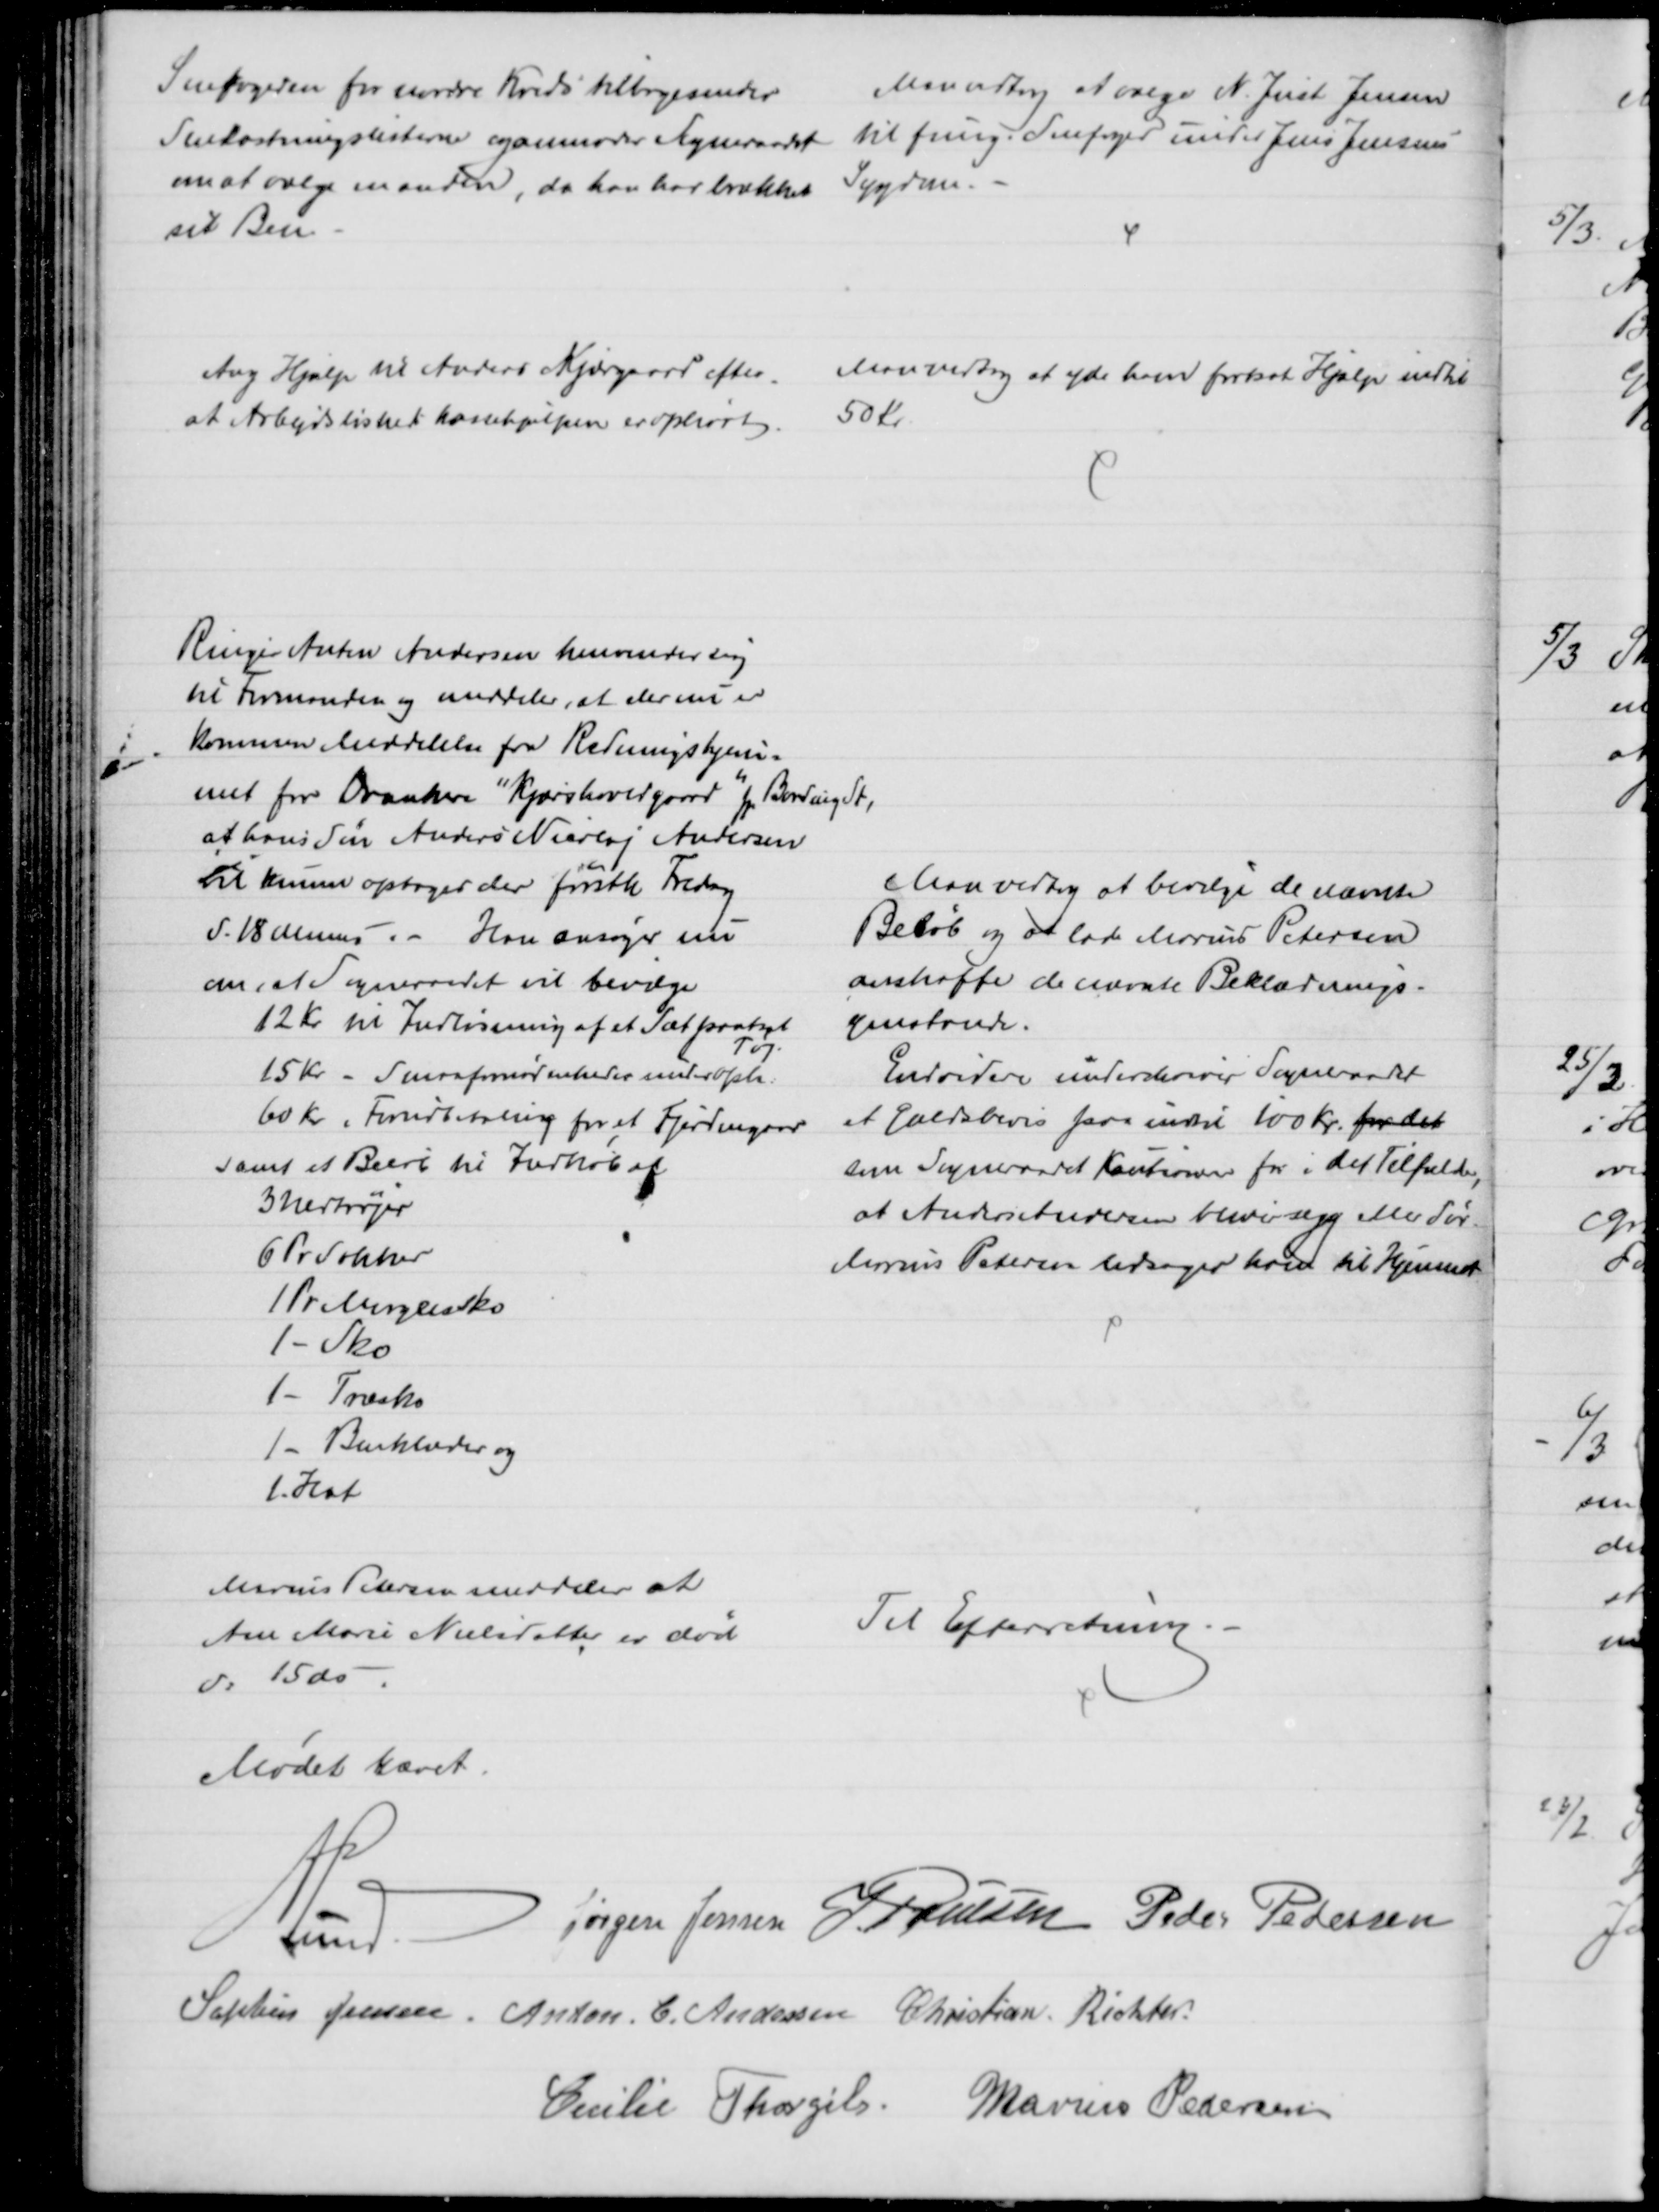
Transskription:
Snefogeden for nordre Kreds tilbagesender
Snekastningslisterne og anmoder Sogneraadet 
om at vælge en anden, da han har brækket
sit Ben
Man vedtog at vælge N. Just Jensen
til fung. Snefoged under Jens Jensens
Sygdom.
Ang Hjælp til Anders Kjærgaard efter
at Arbejdsløshedskassehjælpen er ophørt.
Man vedtog at yde ham fortsat Hjælp indtil
50 Kr.
Ringer Anton Andersen henvender sig
til Formanden og meddeler, at der nu er
kommen Meddelelse fra Redningshjem=
met for Drankere "Kjærshovedgaard" pr Bording St.
at hans Søn Anders Nicolaj Andersen
vil kunne optages der førstk Fredag
d. 18 dennes. - Han ansøger nu
om, at Sogneraadet vil bevilge
12 Kr til Indløsning af et Sæt pantsat
Tøj.
15 Kr - Smaafornødenheder under Oph:
60 Kr i Forudbetaling for et Fjerdingaar
samt et Beløb til Indkøb af 
3 Uldtrøjer
6 Pr Sokker
1 Pr Morgensko
1 - Sko
1 - Træsko
1- Benklæder og
1. Hat
Man vedtog at bevilge de nævnte
Beløb og at lade Marius Petersen
anskaffe de nævnte Beklædnings-
genstande.
Endvidere underskriver Sogneraadet
et Gældsbevis paa indtil 100 Kr. for det
som Sogneraadet Kautionerer for i det Tilfælde,
at Anders Andersen bliver syg eller dør.
Marius Petersen ledsager ham til Hjemmet
Marius Petersen meddeler at
Ane Marie Nielsdatter er død
d: 15 ds
Til Efterretning.
Mødet hævet.
A Lund 
Jørgen Jensen J. Poulsen Peder Pedersen
Sophus Jensen. Anton C. Andersen Christian Richter
Cecilie Thorgils. Marius Pedersen